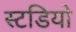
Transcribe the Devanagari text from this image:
स्टडियो